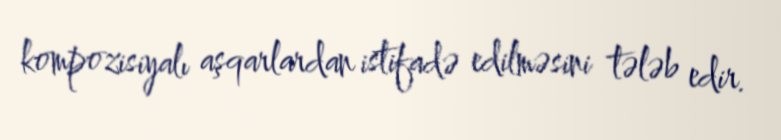
kompozisiyalı aşqarlardan istifadə edilməsini tələb edir.